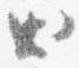
出